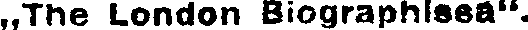
„The London Biographissa".